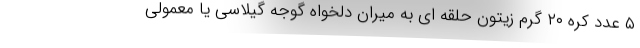
۵ عدد کره ۲۰ گرم زیتون حلقه ای به میران دلخواه گوجه گیلاسی یا معمولی